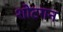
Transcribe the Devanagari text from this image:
शोटगन